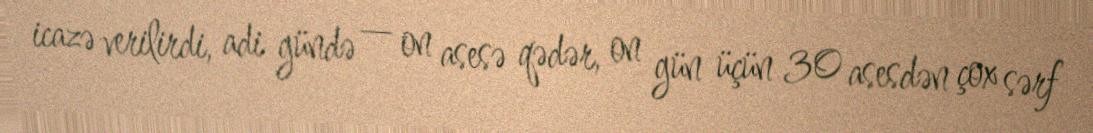
icazə verilirdi, adi gündə — on asesə qədər, on gün üçün 30 asesdən çox sərf